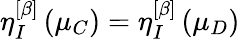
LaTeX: \eta_{I}^{\left[\beta\right]}\left(\mu_{C}\right)=\eta_{I}^{\left[\beta\right]}\left(\mu_{D}\right)